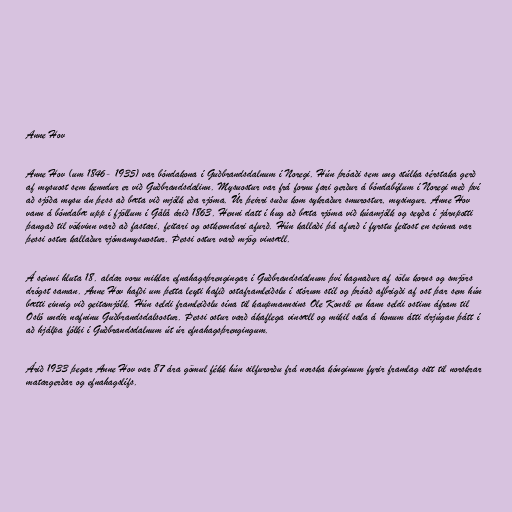
Anne Hov

Anne Hov (um 1846- 1935) var bóndakona í Guðbrandsdalnum í Noregi. Hún þróaði sem ung stúlka sérstaka gerð
af mysuost sem kenndur er við Guðbrandsdalinn. Mysuostur var frá fornu fari gerður á bóndabýlum í Noregi með því
að sjóða mysu án þess að bæta við mjólk eða rjóma. Úr þeirri suðu kom sykraður smurostur, mysingur. Anne Hov
vann á bóndabæ upp í fjöllum í Gålå árið 1863. Henni datt í hug að bæta rjóma við kúamjólk og seyða í járnpotti
þangað til vökvinn varð að fastari, feitari og ostkenndari afurð. Hún kallaði þá afurð í fyrstu feitost en seinna var
þessi ostur kallaður rjómamysuostur. Þessi ostur varð mjög vinsæll.

Á seinni hluta 18. aldar voru miklar efnahagsþrengingar í Guðbrandsdalnum því hagnaður af sölu korns og smjörs
drógst saman. Anne Hov hafði um þetta leyti hafið ostaframleiðslu í stórum stíl og þróað afbrigði af ost þar sem hún
bætti einnig við geitamjólk. Hún seldi framleiðslu sína til kaupmannsins Ole Konsli en hann seldi ostinn áfram til
Osló undir nafninu Guðbrandsdalsostur. Þessi ostur varð ákaflega vinsæll og mikil sala á honum átti drjúgan þátt í
að hjálpa fólki í Guðbrandsdalnum út úr efnahagsþrengingum.

Árið 1933 þegar Anne Hov var 87 ára gömul fékk hún silfurorðu frá norska kónginum fyrir framlag sitt til norskrar
matargerðar og efnahagslífs.